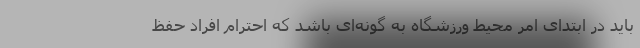
باید در ابتدای امر محیط ورزشگاه به گونه‌ای باشد که احترام افراد حفظ